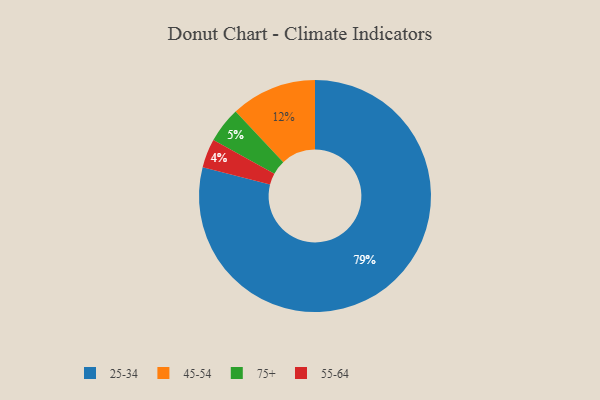
{"axis": {"x": "Category", "y": "Percentage"}, "legend": ["25-34", "45-54", "55-64", "75+"], "data": [{"x": "25-34", "y": 79, "type": "25-34"}, {"x": "75+", "y": 5, "type": "75+"}, {"x": "55-64", "y": 4, "type": "55-64"}, {"x": "45-54", "y": 12, "type": "45-54"}]}